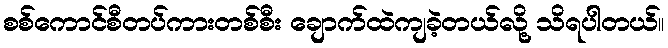
စစ်ကောင်စီတပ်ကားတစ်စီး ချောက်ထဲကျခဲ့တယ်လို့ သိရပါတယ်။